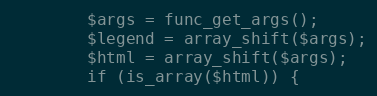
Language: PHP
        $args = func_get_args();
        $legend = array_shift($args);
        $html = array_shift($args);
        if (is_array($html)) {